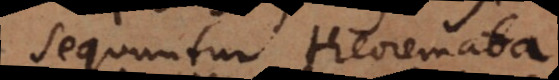
Sequuntur theoremata